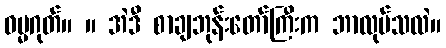
ဓမ္မဂုတ်။ ။ အဲဒီ စာချဘုန်းတော်ကြီးက ဘာလုပ်သလဲ။